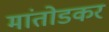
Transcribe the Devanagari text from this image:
मांतोडकर